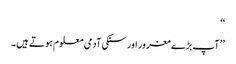
‘‘
’’ آپ بڑے مغرور اور سنکی آدمی معلوم ہوتے ہیں۔